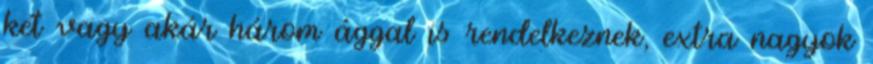
két vagy akár három ággal is rendelkeznek, extra nagyok